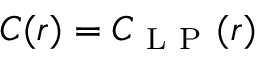
C ( r ) = C _ { \mathrm { ~ L ~ P ~ } } ( r )